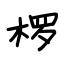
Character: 椤